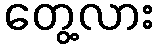
တွေ့လား